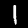
Label: 1